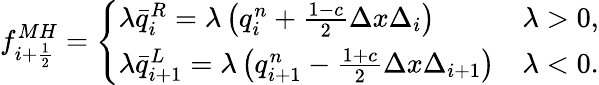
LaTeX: f_{i+\frac{1}{2}}^{MH}=\left\lbrace\begin{array}{lr}{\lambda\bar{q}_{i}^{R}=\lambda\left(q_{i}^{n}+\frac{1-c}{2}\Delta x\Delta_{i}\right)}&{\lambda>0,}\\ {\lambda\bar{q}_{i+1}^{L}=\lambda\left(q_{i+1}^{n}-\frac{1+c}{2}\Delta x\Delta_{i+1}\right)}&{\lambda<0.}\end{array}\right.